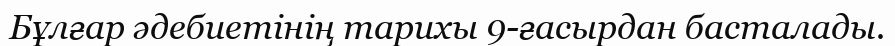
Бұлғар әдебиетінің тарихы 9-ғасырдан басталады.